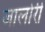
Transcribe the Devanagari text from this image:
जालोरी